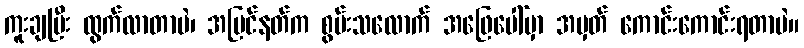
ကူးချပြီး ထွက်လာတာပဲ၊ အပြင်နတ်က စွမ်းသလောက် အဖြေပေါ်မှာ အမှတ် ကောင်းကောင်းရတာပဲ။